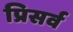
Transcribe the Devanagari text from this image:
प्रिसर्व